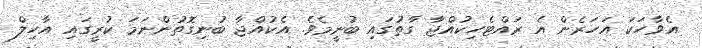
އެވާހަކަ އަހަރެން އެ ރައްޓެހިކުއްޖާ ގާތުގައި ބުނީމެވެ. އެކުއްޖާ ބުނިގޮތުންނަމަ ކުރީގައި އާހިލް